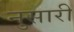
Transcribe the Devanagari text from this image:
नुसारी